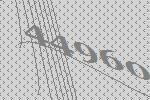
44960